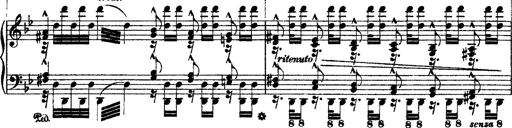
Title: Ã‰tudes d'exÃ©cution transcendante d'aprÃ¨s Paganini
Composer: Franz Liszt